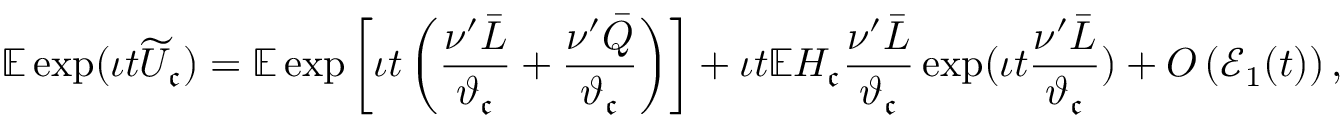
\mathbb { E } \exp ( \iota t \widetilde { U } _ { \mathfrak { c } } ) = \mathbb { E } \exp \left[ \iota t \left( \frac { \nu ^ { \prime } \bar { L } } { \vartheta _ { \mathfrak { c } } } + \frac { \nu ^ { \prime } \bar { Q } } { \vartheta _ { \mathfrak { c } } } \right) \right] + \iota t \mathbb { E } H _ { \mathfrak { c } } \frac { \nu ^ { \prime } \bar { L } } { \vartheta _ { \mathfrak { c } } } \exp ( \iota t \frac { \nu ^ { \prime } \bar { L } } { \vartheta _ { \mathfrak { c } } } ) + O \left( \mathcal { E } _ { 1 } ( t ) \right) ,